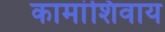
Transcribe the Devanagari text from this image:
कामांशिवाय